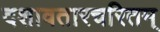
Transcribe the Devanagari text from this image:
दशावतारचरितम्